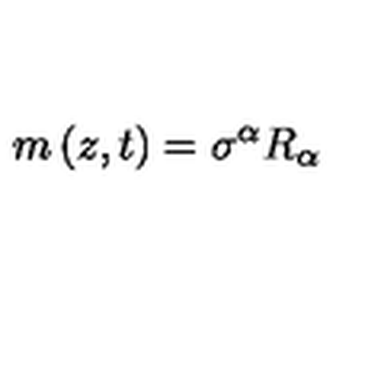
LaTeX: m \left( z , t \right) = \sigma ^ { \alpha } R _ { \alpha }